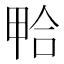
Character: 𱓃